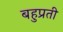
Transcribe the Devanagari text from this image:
बहुप्रती